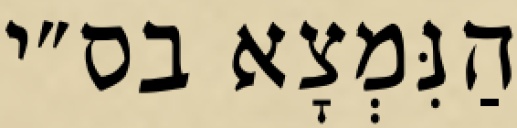
הַנִּמְצָא בס״י